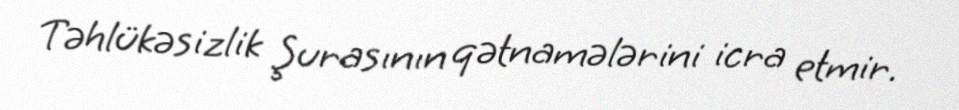
Təhlükəsizlik Şurasının qətnamələrini icra etmir.